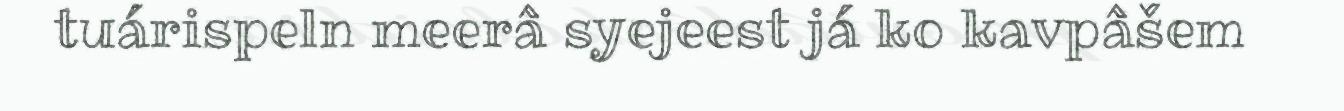
tuárispeln meerâ syejeest já ko kavpâšem